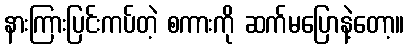
နားကြားပြင်းကပ်တဲ့ စကားကို ဆက်မပြောနဲ့တော့။